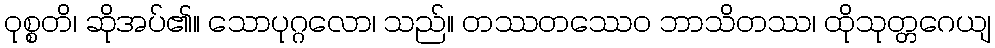
ဝုစ္စတိ၊ ဆိုအပ်၏။ သောပုဂ္ဂလော၊ သည်။ တဿတဿေဝ ဘာသိတဿ၊ ထိုသုတ္တဂေယျ